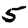
Digit: 5